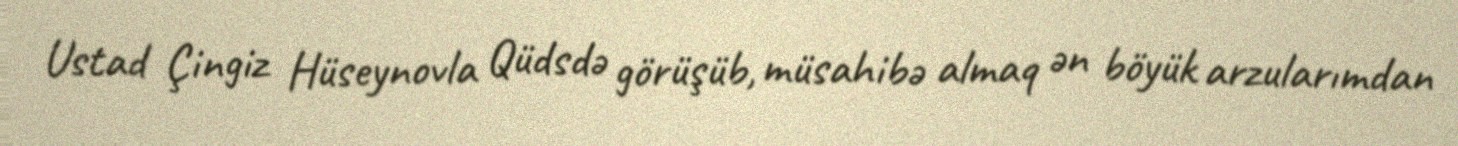
Ustad Çingiz Hüseynovla Qüdsdə görüşüb, müsahibə almaq ən böyük arzularımdan